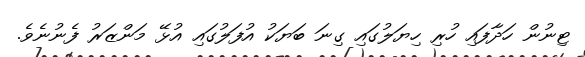
ޓިނުން ހަދާފައި ހުރި ހިޔަލުގައި ގިނަ ބަޔަކު އުފަލުގައި އުޅޭ މަންޒަރު ފެނުނެވެ.